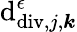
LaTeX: \mathrm{d}_{\mathrm{{\mathrm{d}iv}},j,\boldsymbol{k}}^{\epsilon}